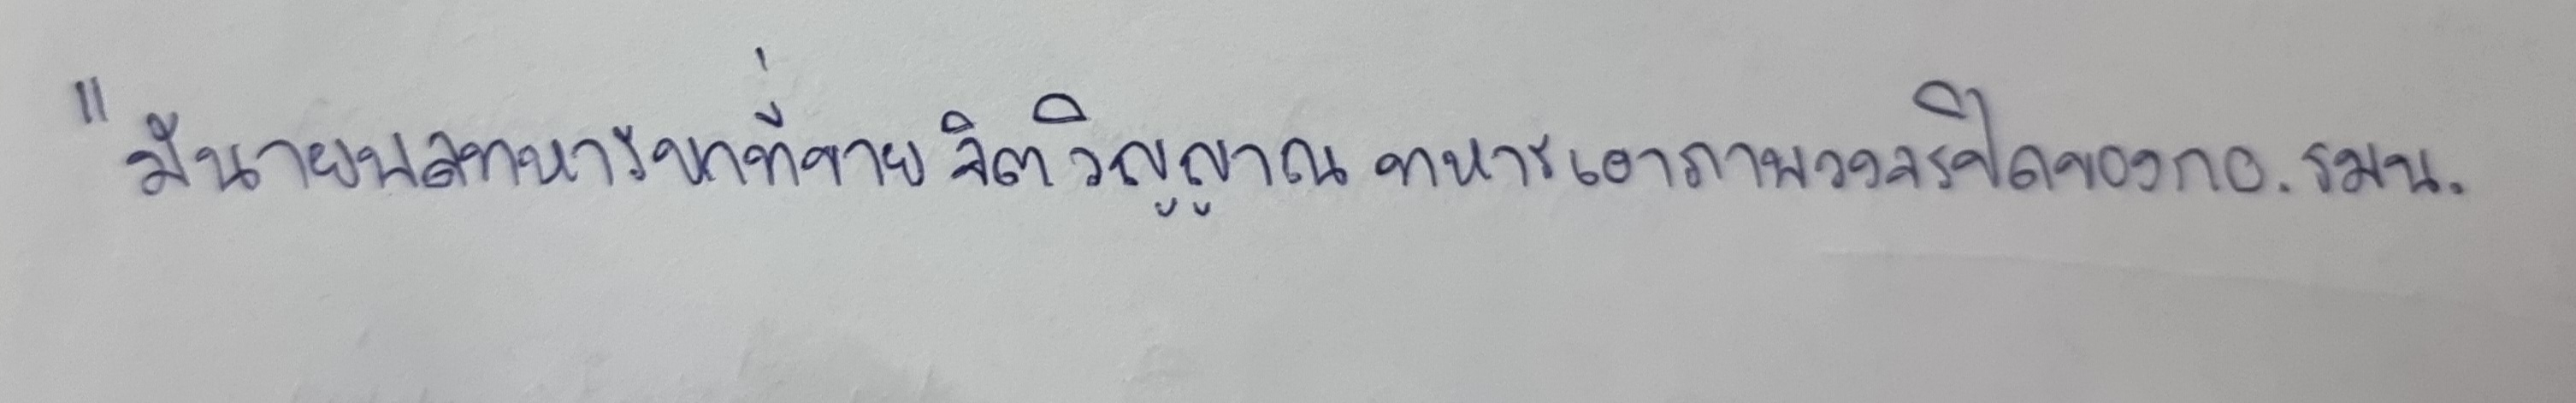
"มีนายพลทหารบกที่ขายจิตวิญญาณทหารเอาภาพวงจรปิดของกอ.รมน.